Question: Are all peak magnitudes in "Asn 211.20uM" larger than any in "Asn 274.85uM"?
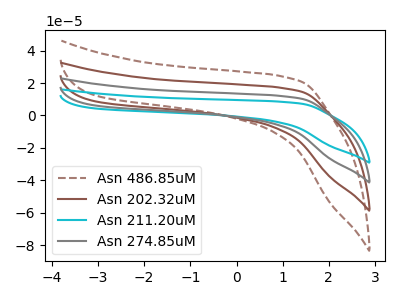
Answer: <think>The brown dashed curve "Asn 486.85uM" has no peaks. The brown curve "Asn 202.32uM" has no peaks. The cyan curve "Asn 211.20uM" has no peaks. The gray curve "Asn 274.85uM" has no peaks.</think>
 <answer>Niether CV has any peaks.</answer>
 <eval>blanks</eval>